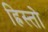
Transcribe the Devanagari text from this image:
ह्रिस्तो